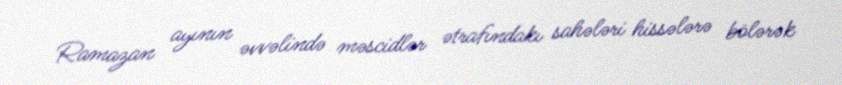
Ramazan ayının əvvəlində məscidlər ətrafındakı sahələri hissələrə bölərək